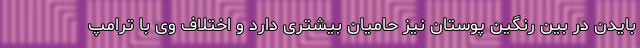
بایدن در بین رنگین پوستان نیز حامیان بیشتری دارد و اختلاف وی با ترامپ